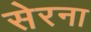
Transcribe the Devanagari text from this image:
सेरना